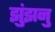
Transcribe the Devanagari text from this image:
झुंझनु